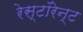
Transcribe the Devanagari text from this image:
रेस्टॉरेन्ट